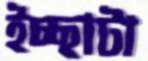
ইচ্ছাটা